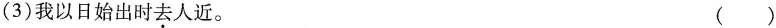
(3)我以日始出时去人近。 ()